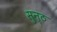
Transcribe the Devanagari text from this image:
सुन्ठ